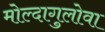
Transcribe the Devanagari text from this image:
मोल्दागुलोवा